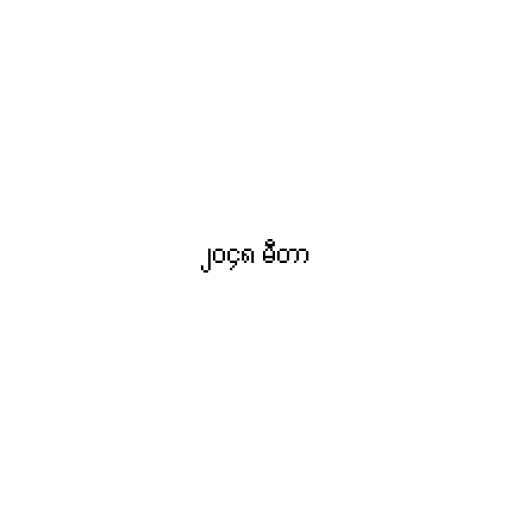
၂၀၄၈ မီတာ